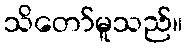
သိတော်မူသည်။